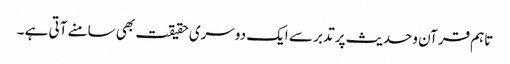
تاہم قرآن وحدیث پر تدبر سے ایک دوسری حقیقت بھی سامنے آتی ہے ۔